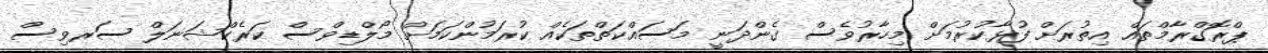
ޕްރޮގްރާމްތައް އިތުރަށް ފުޅާކުރުމަށް މިހާރުވެސް ގެންދަނީ މަސައްކަތްތަކެއް ކުރަމުންކަމަށް މޯލްޑިވްސް ކަރެކްޝަނަލް ސަރވިސް